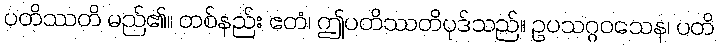
ပတိဿတိ မည်၏။ တစ်နည်း ဧတံ၊ ဤပတိဿတိပုဒ်သည်။ ဥပသဂ္ဂဝသေန၊ ပတိ